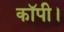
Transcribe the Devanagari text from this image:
कॉपी।